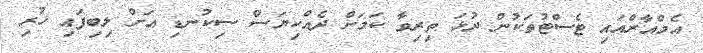
އެމްއާރްއައި ޓެސްޓުތަކުން ދުޅަ ތިރިވާ ކަމަށް ދެއްކިޔަސް ސިކުނޑި އަށް ލިބިފައި ހުރި